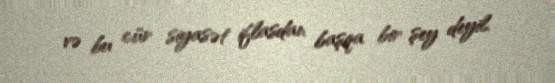
və bu cür siyasət iflasdan başqa bir şey deyil.